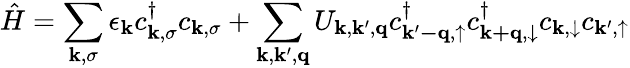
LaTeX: \hat{H}=\sum_{\mathbf{k},\sigma}\epsilon_{\mathbf{k}}c_{\mathbf{k},\sigma}^{\dagger}c_{\mathbf{k},\sigma}+\sum_{\mathbf{k},\mathbf{k}^{\prime},\mathbf{q}}U_{\mathbf{k},\mathbf{k}^{\prime},\mathbf{q}}c_{\mathbf{k^{\prime}-q},\uparrow}^{\dagger}c_{\mathbf{k+q},\downarrow}^{\dagger}c_{\mathbf{k},\downarrow}c_{\mathbf{k}^{\prime},\uparrow}